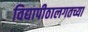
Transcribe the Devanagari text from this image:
विद्यापीठालगतच्या